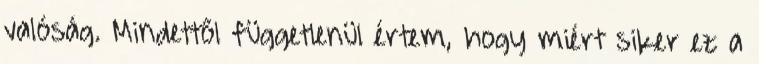
valóság. Mindettől függetlenül értem, hogy miért siker ez a